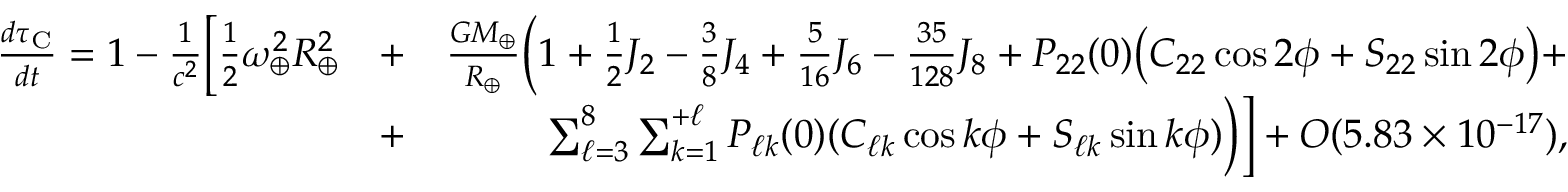
\begin{array} { r l r } { \frac { d \tau _ { \mathrm { C } } } { d t } = 1 - \frac { 1 } { c ^ { 2 } } \Big [ { \textstyle \frac { 1 } { 2 } } \omega _ { \oplus } ^ { 2 } R _ { \oplus } ^ { 2 } } & { + } & { \frac { G M _ { \oplus } } { R _ { \oplus } } \Big ( 1 + { \textstyle \frac { 1 } { 2 } } J _ { 2 } - { \textstyle \frac { 3 } { 8 } } J _ { 4 } + { \textstyle \frac { 5 } { 1 6 } } J _ { 6 } - { \textstyle \frac { 3 5 } { 1 2 8 } } J _ { 8 } + P _ { 2 2 } ( 0 ) \big ( C _ { 2 2 } \cos 2 \phi + S _ { 2 2 } \sin 2 \phi \big ) + } \\ & { + } & { \sum _ { \ell = 3 } ^ { 8 } \sum _ { k = 1 } ^ { + \ell } P _ { \ell k } ( 0 ) ( C _ { \ell k } \cos k \phi + S _ { \ell k } \sin k \phi ) \Big ) \Big ] + { \cal O } ( 5 . 8 3 \times 1 0 ^ { - 1 7 } ) , } \end{array}